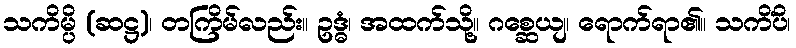
သကိမ္ပိ (ဆဋ္ဌ)၊ တကြိမ်လည်း။ ဥဒ္ဓံ၊ အထက်သို့။ ဂစ္ဆေယျ၊ ရောက်ရာ၏။ သကိံပိ၊